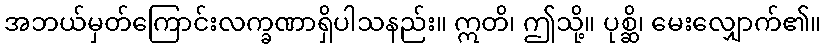
အဘယ်မှတ်ကြောင်းလက္ခဏာရှိပါသနည်း။ ဣတိ၊ ဤသို့။ ပုစ္ဆိ၊ မေးလျှောက်၏။